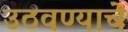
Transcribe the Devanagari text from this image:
उठवण्याचे